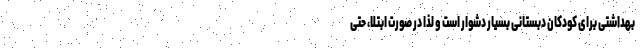
بهداشتی برای کودکان دبستانی بسیار دشوار است و لذا در صورت ابتلا، حتی